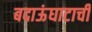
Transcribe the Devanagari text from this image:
बदाऊंघाटाची